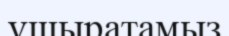
үшыратамыз